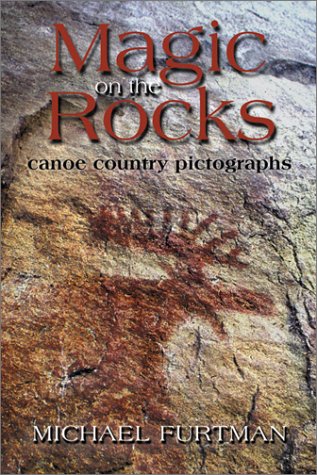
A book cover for Magic on the Rocks : Canoe Country Pictographs; Shawn Perich; Travel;